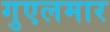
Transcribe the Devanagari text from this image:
गुएलमार